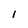
Character: I